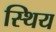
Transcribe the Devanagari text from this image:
स्थिय